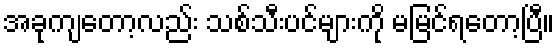
အခုကျတော့လည်း သစ်သီးပင်များကို မမြင်ရတော့ပြီ။